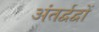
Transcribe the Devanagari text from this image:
अंतर्द्वद्वों